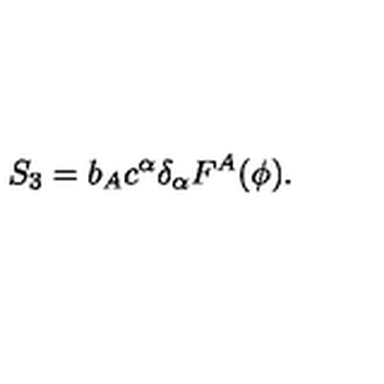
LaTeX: S _ { 3 } = b _ { A } c ^ { \alpha } \delta _ { \alpha } F ^ { A } ( \phi ) .